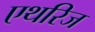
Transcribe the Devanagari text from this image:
एथरिज